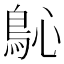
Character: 𩾽